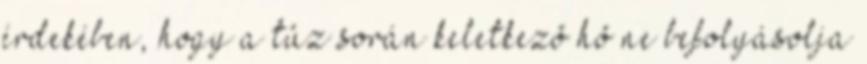
érdekében, hogy a tûz során keletkezõ hõ ne befolyásolja